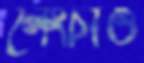
লেংচাও